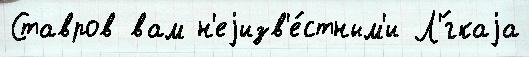
Ставров вам н'еjизв'е́стным'и Л'́гкаjа